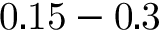
\mathrm { 0 . 1 5 - 0 . 3 }